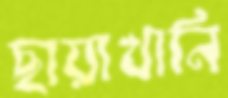
ছায়াখানি